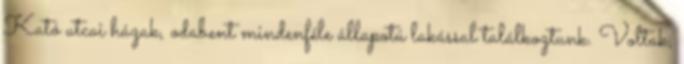
Kató utcai házak, odabent mindenféle állapotú lakással találkoztunk. Voltak,